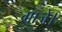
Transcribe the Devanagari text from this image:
गाजे।